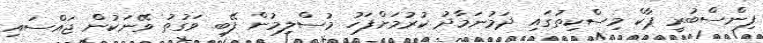
ފިންސްބުރީ ޕާކް މިސްކިތުގައި ދަމުނަމާދު ކުރުމަށްފަހު މުސްލިމުން ފޭބި ވަގުތު ވޭނަކުން ޖައްސައި